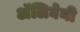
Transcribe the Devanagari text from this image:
अॅलिघेनी